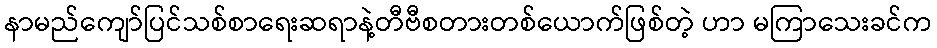
နာမည်ကျော်ပြင်သစ်စာရေးဆရာနဲ့တီဗီစတားတစ်ယောက်ဖြစ်တဲ့ ဟာ မကြာသေးခင်က